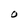
Character: O